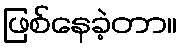
ဖြစ်နေခဲ့တာ။